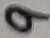
Text: 9